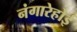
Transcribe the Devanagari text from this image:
नंगारेहोई